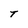
Character: T